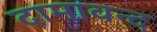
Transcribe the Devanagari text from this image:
दामावन्द